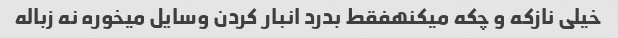
خیلی نازکه و چکه میکنهفقط بدرد انبار کردن وسایل میخوره نه زباله